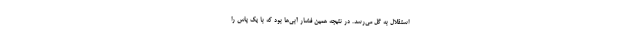
استقلال به گل می‌رسد. در نتیجه همین فشار آبی‌ها بود که با یک پاس را